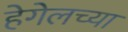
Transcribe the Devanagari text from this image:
हेगेलच्या